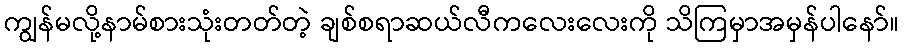
ကျွန်မလို့နာမ်စားသုံးတတ်တဲ့ ချစ်စရာဆယ်လီကလေးလေးကို သိကြမှာအမှန်ပါနော်။